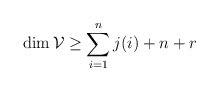
\begin{align*}\dim{\mathcal V}\ge\sum_{i=1}^nj(i)+n+r\end{align*}